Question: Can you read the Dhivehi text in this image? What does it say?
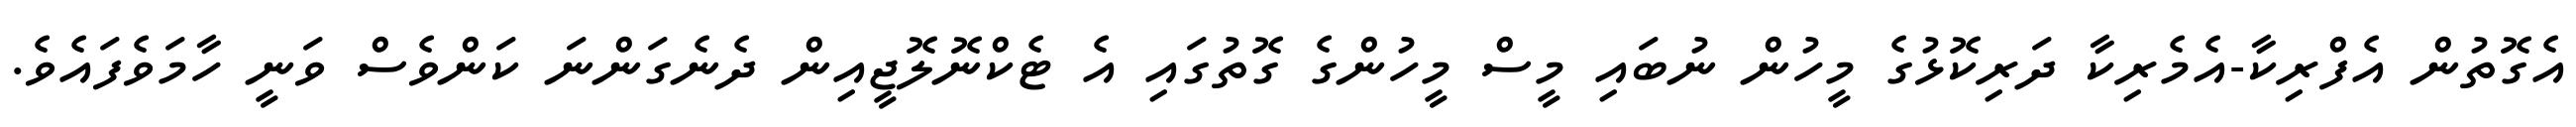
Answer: އެގޮތުން އެފްރިކާ-އެމެރިކާ ދަރިކޮޅުގެ މީހުން ނުބައި މީސް މީހުންގެ ގޮތުގައި އެ ޓެކްނޮލޮޖީއިން ދެނެގަންނަ ކަންވެސް ވަނީ ހާމަވެފައެވެ.